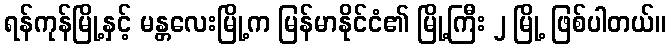
ရန်ကုန်မြို့နှင့် မန္တလေးမြို့က မြန်မာနိုင်ငံ၏ မြို့ကြီး ၂ မြို့ ဖြစ်ပါတယ်။